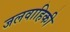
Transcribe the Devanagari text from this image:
जलवाहिकी